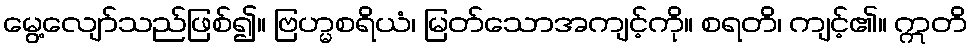
မွေ့လျော်သည်ဖြစ်၍။ ဗြဟ္မစရိယံ၊ မြတ်သောအကျင့်ကို။ စရတိ၊ ကျင့်၏။ ဣတိ